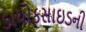
ડાયોકસાઇડની